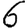
Digit: 6